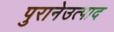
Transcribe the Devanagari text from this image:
पुरानेउत्पाद